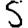
Digit: 5